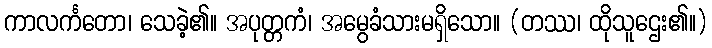
ကာလင်္ကတော၊ သေခဲ့၏။ အပုတ္တကံ၊ အမွေခံသားမရှိသော။ (တဿ၊ ထိုသူဌေး၏။)